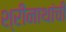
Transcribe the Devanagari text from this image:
श्रीनाथांची